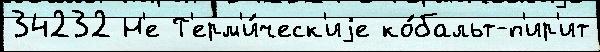
34232 Н'е Т'ерм'и́ческ'иjе ко́бальт-п'ир'ит